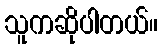
သူကဆိုပါတယ်။